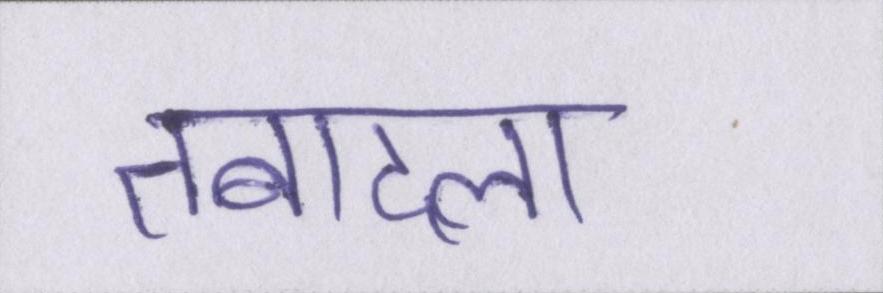
तबादला